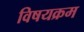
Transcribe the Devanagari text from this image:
विषयक्रम